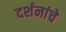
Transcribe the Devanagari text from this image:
दर्शनांचे